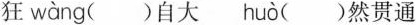
狂w\grave{a}ng ( ) 自大 hu\grave{o} ( )然贯通